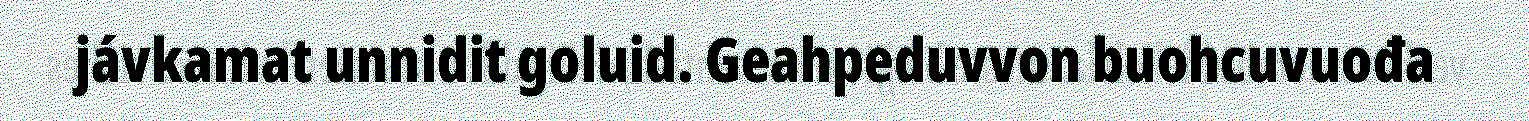
jávkamat unnidit goluid. Geahpeduvvon buohcuvuođa